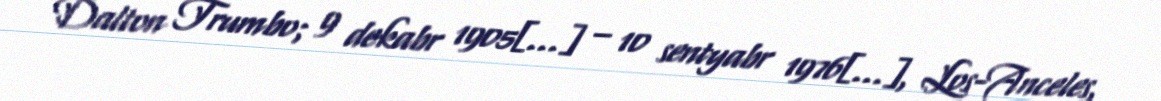
Dalton Trumbo; 9 dekabr 1905[…] – 10 sentyabr 1976[…], Los-Anceles,